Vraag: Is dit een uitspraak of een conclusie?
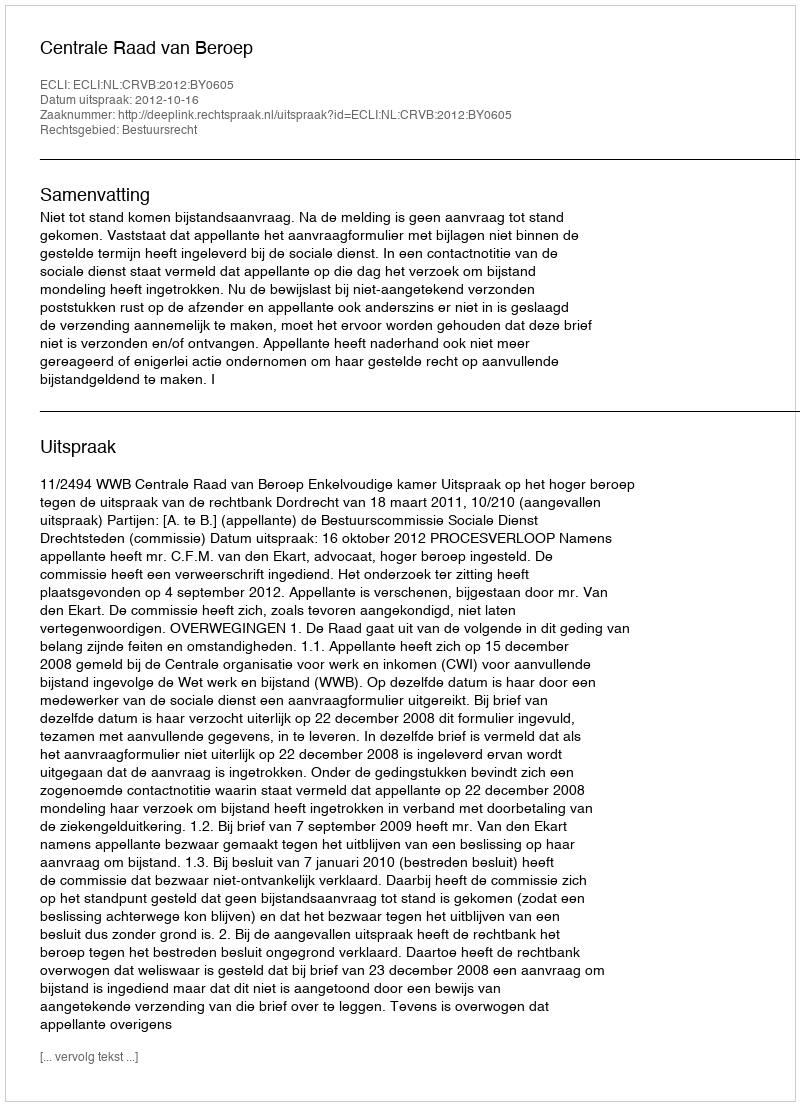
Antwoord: Uitspraak